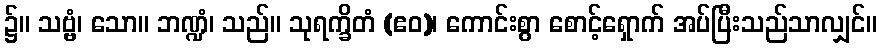
၌။ သဗ္ဗံ၊ သော။ ဘဏ္ဍံ၊ သည်။ သုရက္ခိတံ (ဧဝ)၊ ကောင်းစွာ စောင့်ရှောက် အပ်ပြီးသည်သာလျှင်။